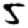
Digit: 5